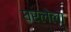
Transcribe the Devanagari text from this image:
घरलेला